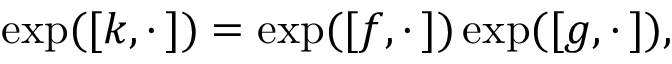
\exp ( [ k , \cdot \, ] ) = \exp ( [ f , \cdot \, ] ) \exp ( [ g , \cdot \, ] ) ,